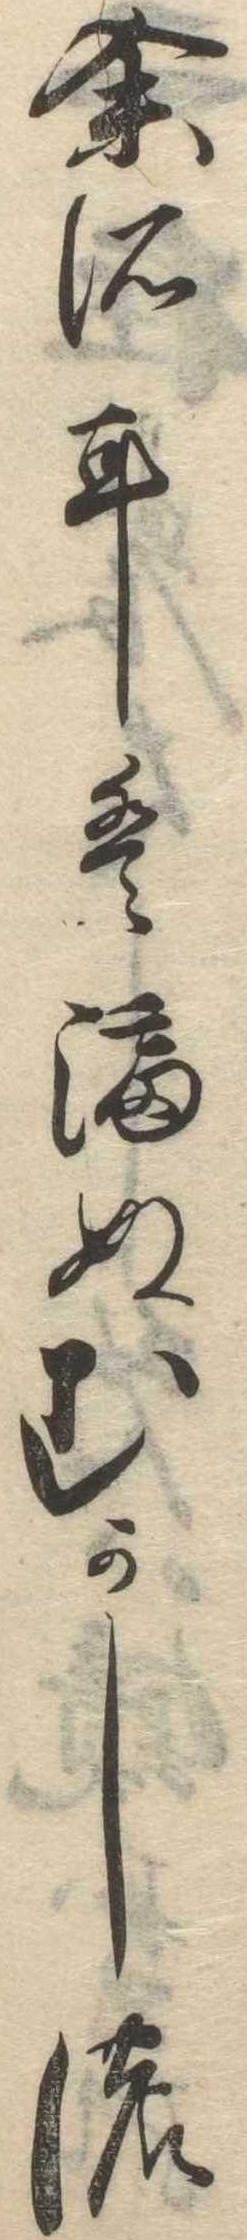
余所には漏ぬむかしの